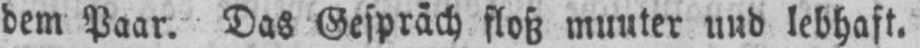
und lebhaft.